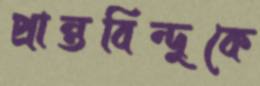
প্রান্তবিন্দুকে